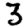
Digit: 3